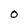
Character: O